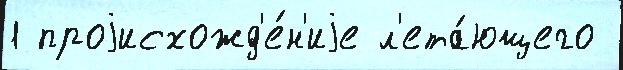
1 проjисхожд'е́н'иjе л'ета́ющего